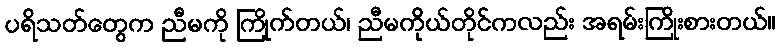
ပရိသတ်တွေက ညီမကို ကြိုက်တယ်၊ ညီမကိုယ်တိုင်ကလည်း အရမ်းကြိုးစားတယ်။